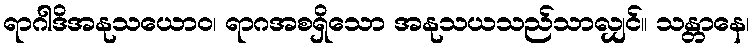
ရာဂါဒိအနုသယောဝ၊ ရာဂအစရှိသော အနုသယသည်သာလျှင်။ သန္တာနေ၊